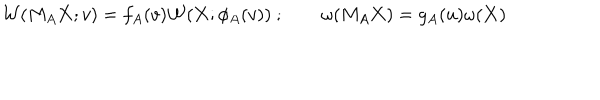
{ \cal W } ( M _ { A } { \bf X } ; v ) = f _ { A } ( v ) { \cal W } ( { \bf X } ; \phi _ { A } ( v ) ) \ ; \qquad \omega ( M _ { A } { \bf X } ) = g _ { A } ( u ) \omega ( { \bf X } )